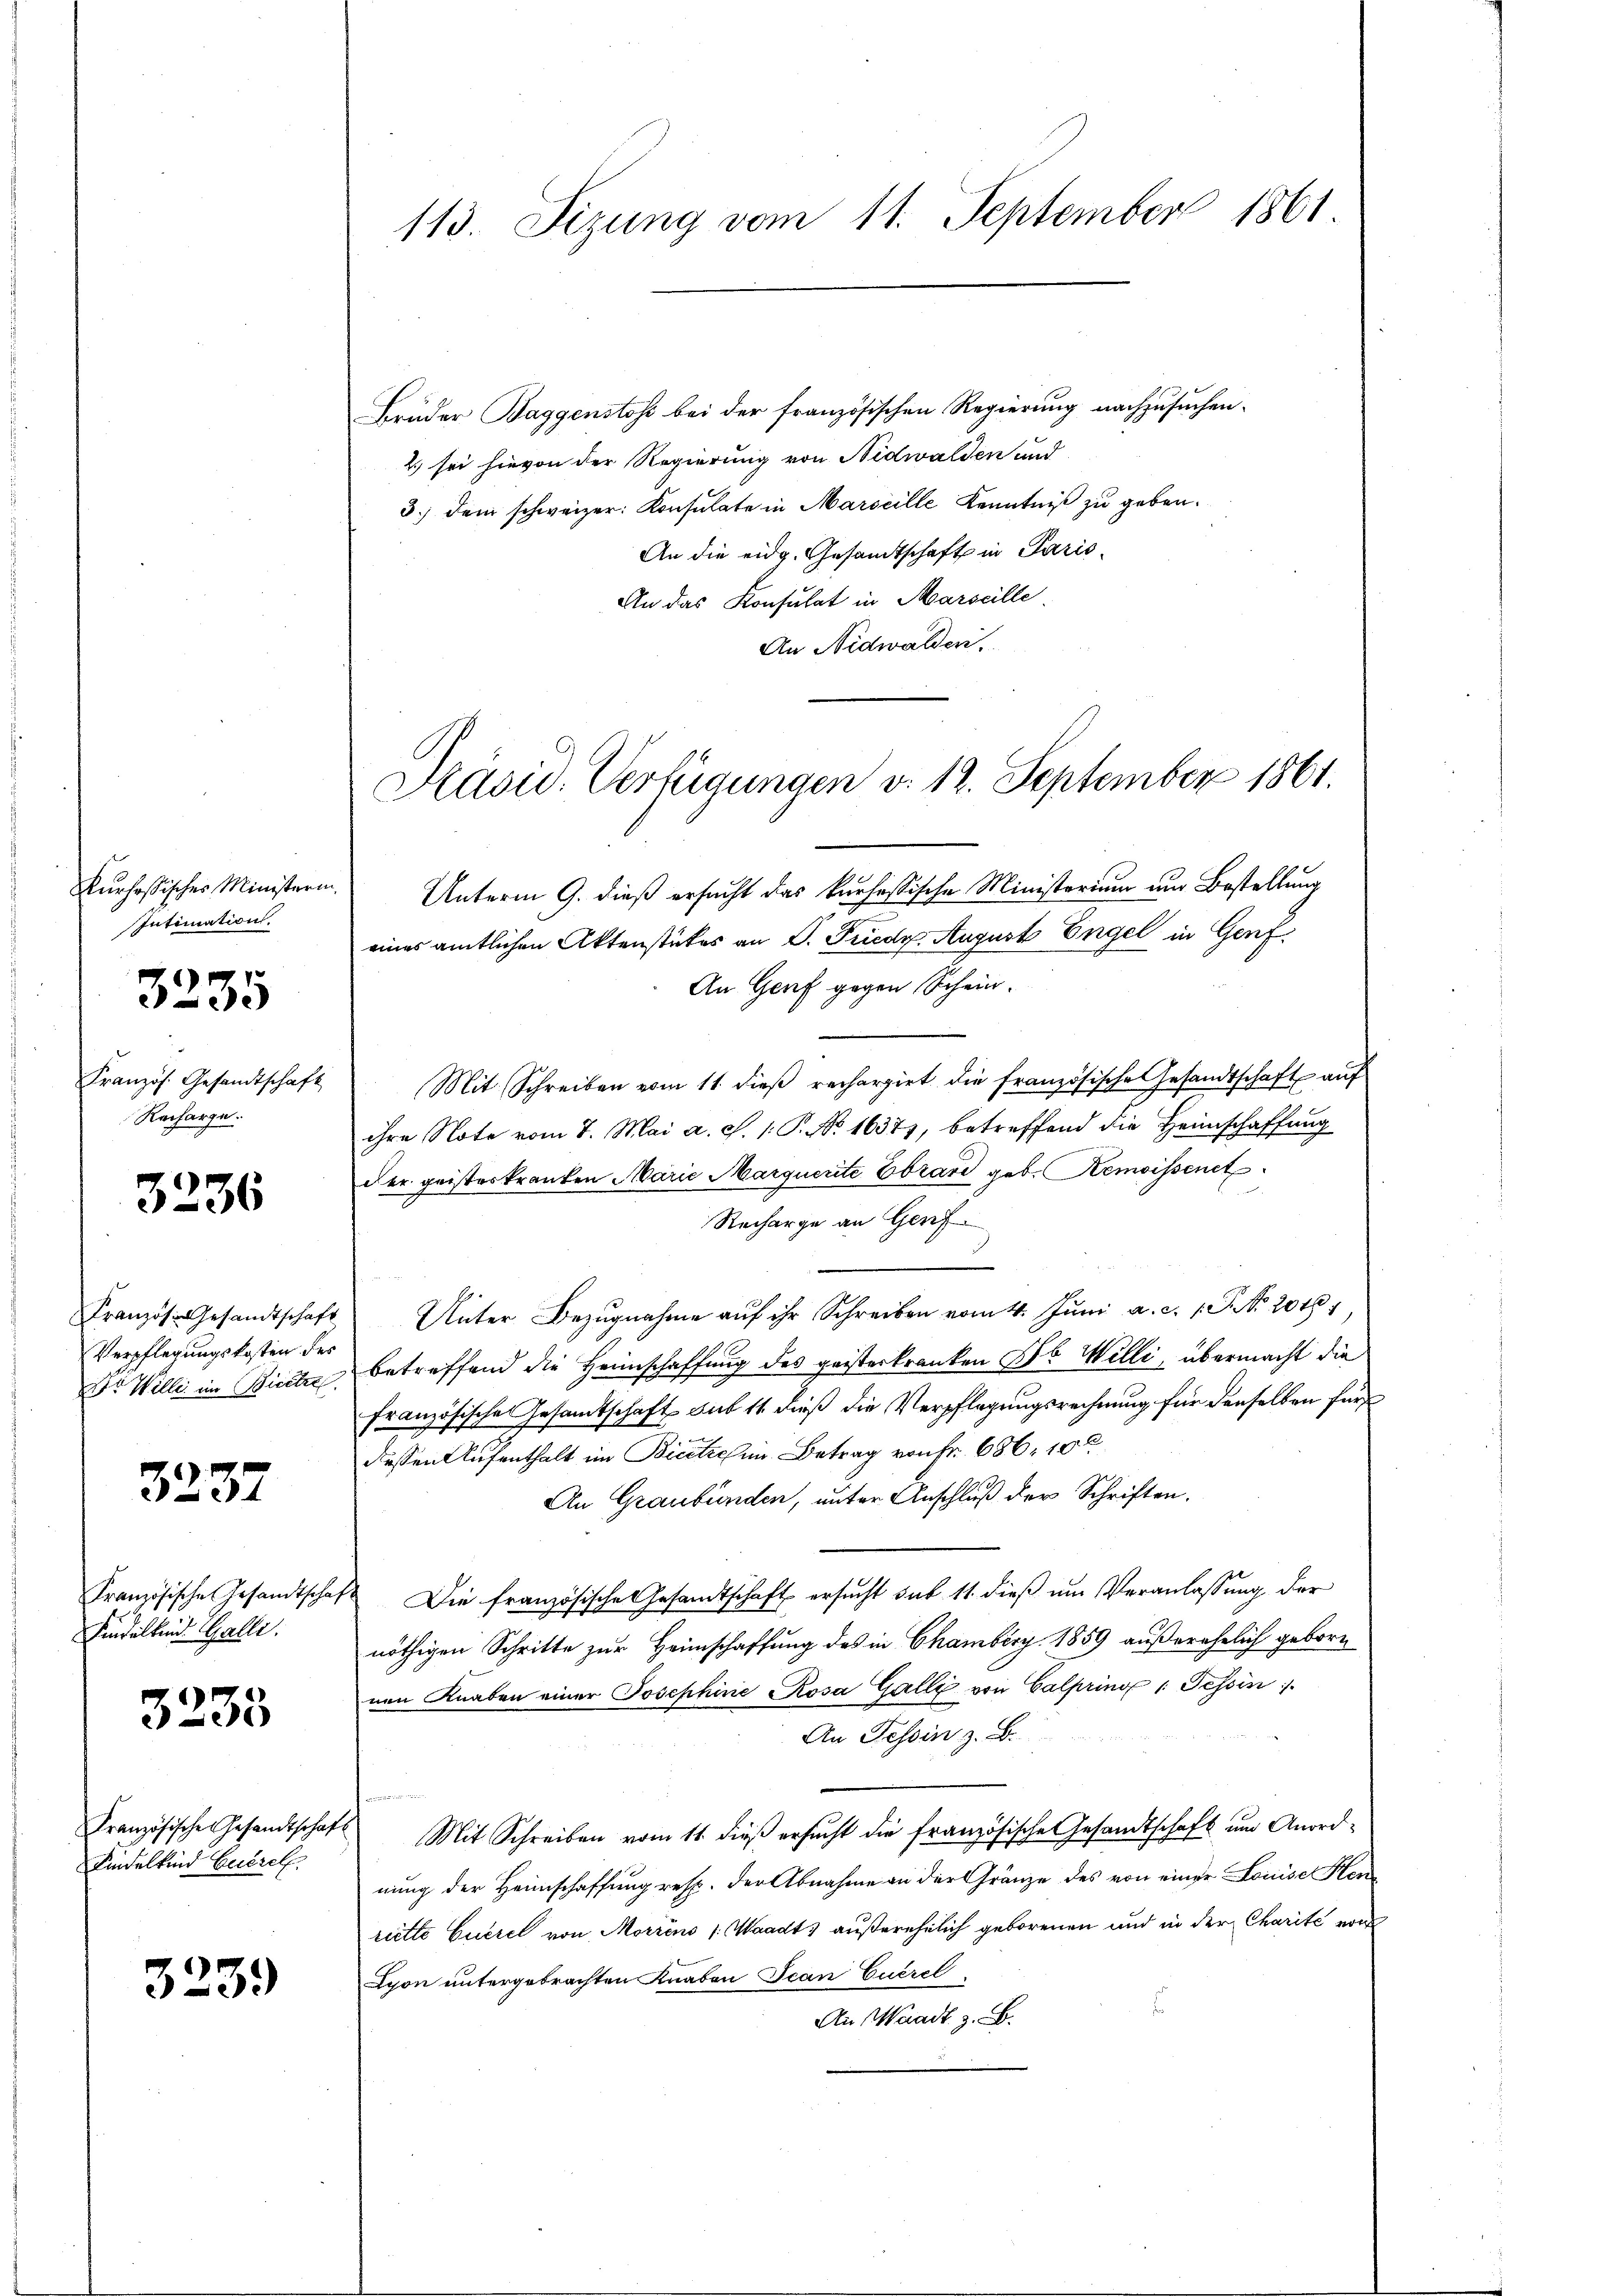
Kurhessisches Ministerin
Intimation.

3235

Französ. Gesandtschaft
Recharge.

3236

Kranzös. Gesandtschaft
Verpflegungskosten des
Dr Wille im Besitzre

3237

Französische Gesandtscha
Findeltend Galli.

3235

Französische Gesandtschaf
Findelkind Euerel

325.

Brüder Baggenstoss bei der französischen Regierung nachzusuchen.
2.) sei hievon der Regierung von Nidwalden und
3.) dem schweizer. Konsulate in Marseille Kenntniß zu geben.
An die eidg. Gesandtschaft in Paris
An das Konsulat in Marseille
An Nidwalden.

113. Sizung vom 11. September 1861

Unterm 9. dieß ersucht das kursessische Ministerium und Bestellung
eines amtlichen Aktenstückes an D. Friedr. August Engel in Genf
An Genf gegen Schein.
Mit Schreiben vom 11. dieβ rechargirt die französische Gesandtschaft auf
ihre Note vom 7. Mai a. c. 1. P. No. 16371, betreffend die Heimschaffung
der geisterkranken Marie Marquerite Ebrand geb. Remoissenet
Recharge an Genf
Unter Bezugnahme aŭf ihr Schreiben vom 4. Jŭni a. c. 1 P. No 2016
betreffend die Heimschaffung des geisterkranken ab Willi, übermacht die
französische Gesamtschaft sub 11 dieß die Verpflegungsrechnung für denselben für
dessen Aufenthalt im Bieetzes im Betrag von Fr. 686, 10
An Graubünden, unter Anschluß der Schriften.
1 Die französische Gesandtschaft ersŭcht sub 11. dieβ ŭm Veranlassung der
nöthigen Schritte zur Heimschaffung des in Chamberg 1859 außerehelich gebore
nen Knaben einer Josephine Rosa Galli von Galpring 1 Tessin
An Tessin z. B.
J.
 Mit Schreiben vom 11. dieß ersucht die französische Gesandtschaft und Anordnung der Heimschaffung resp. der Abnahme an der Gränze des von einer Louise Kenriette Euerel von Morrins (Waadt) außerehelich geborenen und in der Charite von
Lyon untergebrachten Knaben Jean Euerel
An Waadt z. B.

Präsid. Verfügungen v. 12. September 1861.